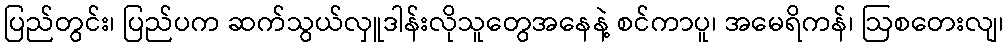
ပြည်တွင်း၊ ပြည်ပက ဆက်သွယ်လှူဒါန်းလိုသူတွေအနေနဲ့ စင်ကာပူ၊ အမေရိကန်၊ ဩစတေးလျ၊